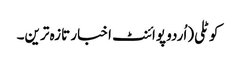
کوٹلی(اُردو پوائنٹ اخبار تازہ ترین۔